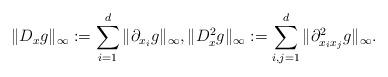
LaTeX: \begin{align*} \|D_x g\|_\infty:=\sum_{i=1}^d \|\partial_{x_i} g\|_\infty, \|D^2_x g\|_\infty:=\sum_{i,j=1}^d \|\partial^2_{x_ix_j} g\|_\infty. \end{align*}